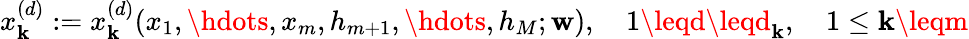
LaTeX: x_{\mathbf{k}}^{(d)}:=x_{\mathbf{k}}^{(d)}(x_{1},\hdots,x_{m},h_{m+1},\hdots,h_{M};\mathbf{{w}}),\quad1\leqd\leqd_{\mathbf{k}},\quad1\leq\mathbf{k}\leqm